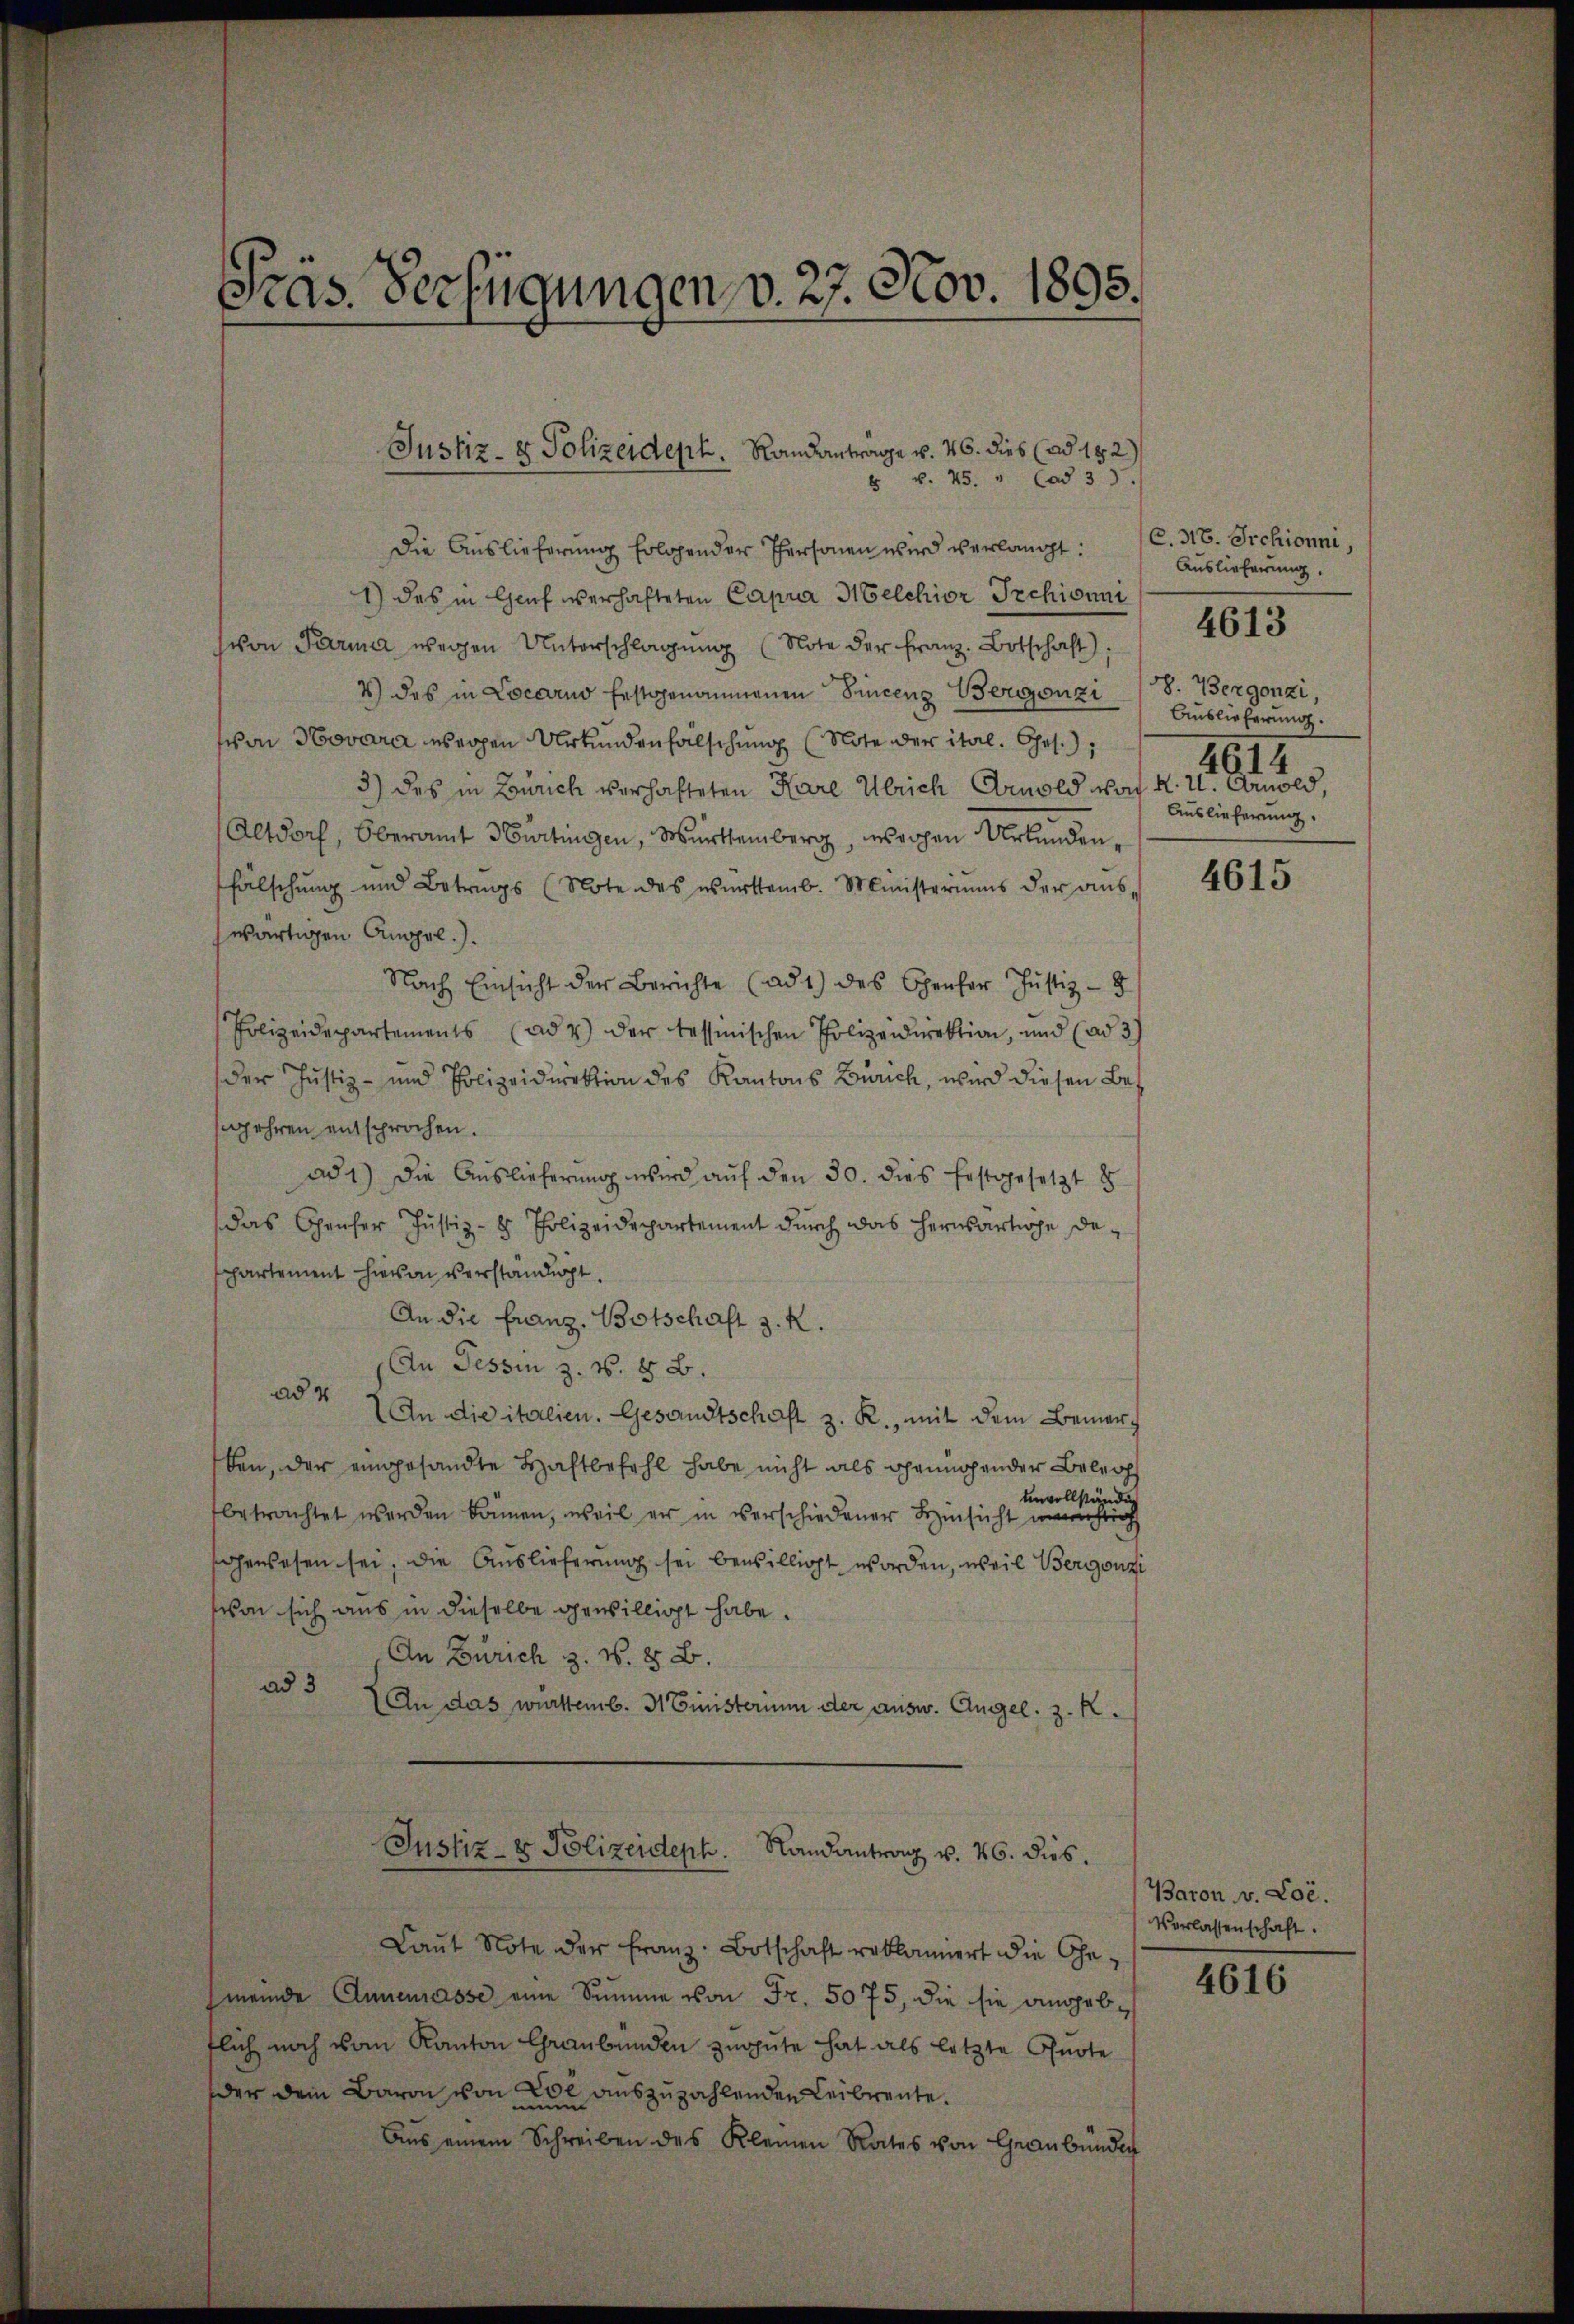
Präs. Verfügungen v. 27. Nov. 1893.

Justiz- & Polizeidept. Randantrage v. 26. dies (ad 182)
6 v. 25. " Cad 33.

Die Auslieferung folgender Personen wird verlangt:
1) des in Genf verhafteten Caprir Melchior Irchionni
von Parma wegen Unterschlagung (Note der Franz. Botschaft):
4) des in Locarno festgenommenen Sincenz Bergonzi
von Novare wegen Urkundenfalschung (Note der ital. Chr.)
3) des in Zürich verhafteten Kare Ulrich Arnold von K. U. Arnold,
Altdorf, Oberamt Hurtingen, Württemberg, weichen Urkunden,
fälschung und Betrags (Note des württemb. Ministeriums der aus
wärtigen Ampel.).
Nach Einsicht der Berichte (ad 1) des Genfer Justiz-
Polizeidepartements (ad 4 der tessinischen Polizeidirektion, und (ad 3)
der Justiz- und Polizeidirektion des Kantons Zürich, wird diesen Begehren entsprochen.
ad 1.) Die Auslieferung wird auf den 30. dies festgesetzt 8
das Genfer Justiz- & Polizeidepartement dŭrch das herwärtige departement hievon verständigt.
An die Franz. Botschaft z. R.
An Tessin z. S. 8 B.
ad 4
An die italien. Gesandtschaft z. R., mit dem Bemerc
ben, der eingesandte Haftbefehl habe nicht als genügender Beleich
unvollständig
betrachtet werden können, weil er in verschiedener Hinsicht unrichtig
schenwesen sei, die Auslieferung sei bewilligt worden, weil Bergonzi
von sich aus in dieselbe gewilligt habe.
An Zürich z. N. 8 B.
ad 3
(An das württemb. 31 inisterium der ausw. Angel. z. K.
Justiz- & Polizeideph. Landantrag v. 26. dies.
Laŭt Note der Franz: Botschaft reklamiert die Ohe
meinde Annemasse eine Summe von Fr. 5075, die sie angebtlich noch vom Kanton Graubünden zugute hat als letzte Quote
der dem Baron von Loe auszuzahlenden Leibrente.
Ans einem Schreiben des Kleinen Rates von Graubünden

C. 316. Irchionni,
Auslieferung.
v. Bergonzi,
Auslieferung.
4614
Auslieferung.

4613

4615

Baron v. Loé.
Vorlassenschaft.
4616